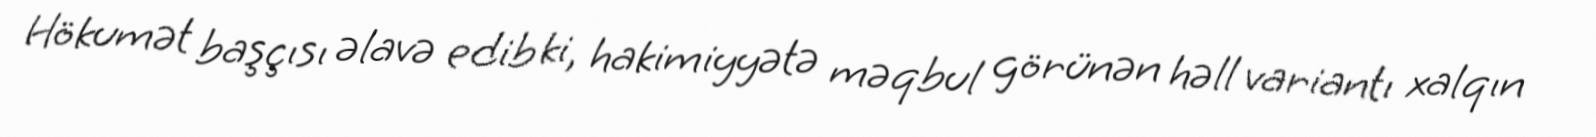
Hökumət başçısı əlavə edib ki, hakimiyyətə məqbul görünən həll variantı xalqın